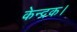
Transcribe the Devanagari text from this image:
केन्द्रक।